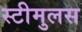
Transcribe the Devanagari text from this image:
स्टीमुलस